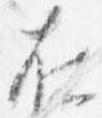
在